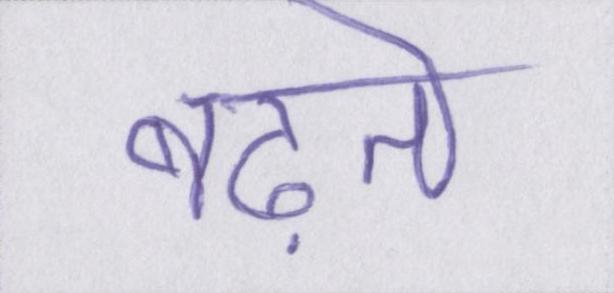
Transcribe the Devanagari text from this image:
बढ़ते